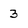
Character: 3